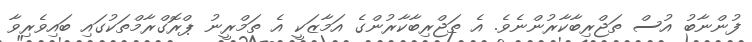
ފުންނާބު އުސް ތަޖްރިބާކާރުންނެވެ. އެ ތަޖްރިބާކާރުންގެ އަމާޒަކީ އެ ތަމްރީނު ޕްރޮގްރާމްތަކުގައި ބައިވެރިވާ